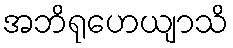
အဘိရုဟေယျာသိ